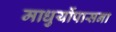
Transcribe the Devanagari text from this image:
माधुर्योपासना